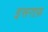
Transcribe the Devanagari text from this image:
इसराफ़